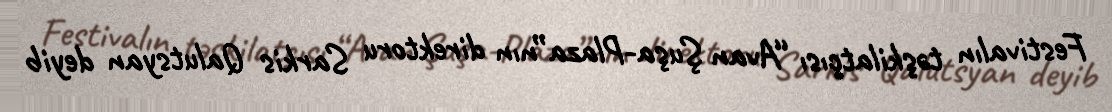
Festivalın təşkilatçısı “Avan Şuşa-Plaza”nın direktoru Sarkis Qalutsyan deyib